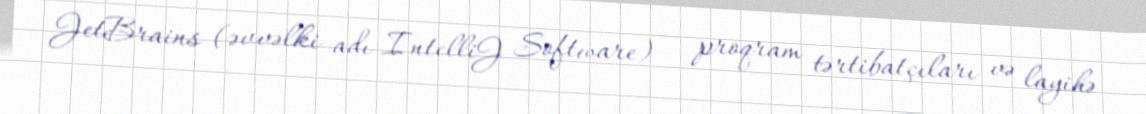
JetBrains (əvvəlki adı IntelliJ Software) — proqram tərtibatçıları və layihə